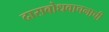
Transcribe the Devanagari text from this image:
दासबोधवाचनाची